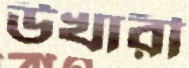
উখারী